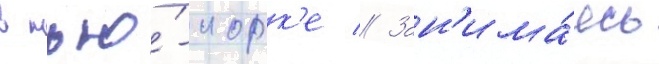
в нью́-иорк'е // Зан'има́ясь